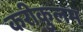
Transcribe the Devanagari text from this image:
करीकुलम